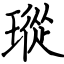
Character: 瑽